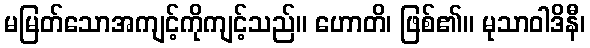
မမြတ်သောအကျင့်ကိုကျင့်သည်။ ဟောတိ၊ ဖြစ်၏။ မုသာဝါဒိနီ၊